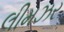
લીમઝર